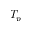
T _ { p }